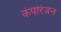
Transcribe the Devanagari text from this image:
कंपेरिजन